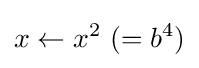
x\leftarrow x^{2}{\text{ }}(=b^{4})